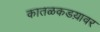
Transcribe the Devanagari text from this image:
कातळकडय़ावर